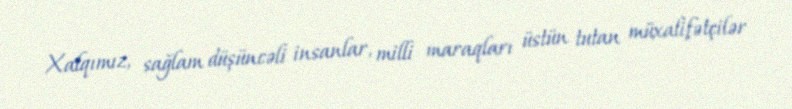
Xalqımız, sağlam düşüncəli insanlar, milli maraqları üstün tutan müxalifətçilər